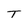
Character: T